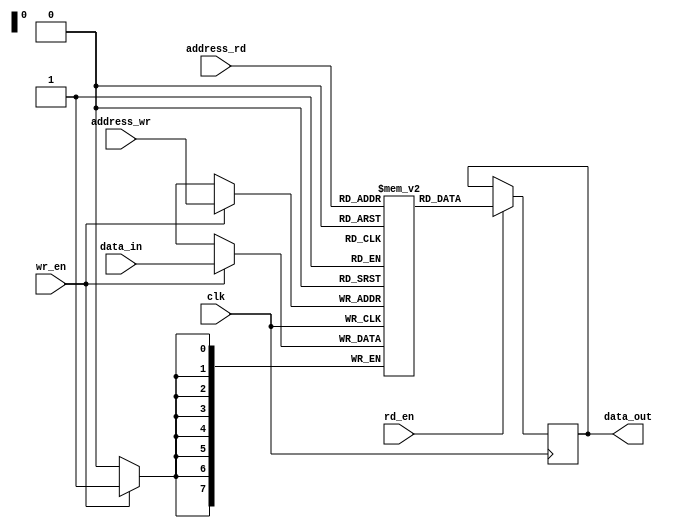
module dual_port_ram (
    input wire clk,
    input wire [7:0] address_rd,
    input wire [7:0] address_wr,
    input wire [7:0] data_in,
    output reg [7:0] data_out,
    input wire rd_en,
    input wire wr_en
);

reg [7:0] mem [0:255];

always @ (posedge clk) begin
    if (rd_en)
        data_out <= mem[address_rd];
    if (wr_en)
        mem[address_wr] <= data_in;
end

endmodule